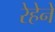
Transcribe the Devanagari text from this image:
रेहेने